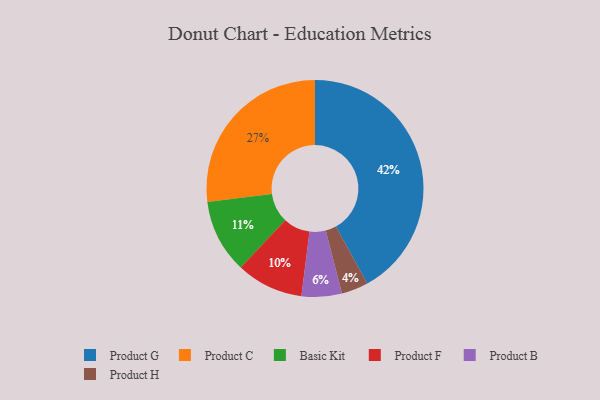
{"axis": {"x": "Category", "y": "Percentage"}, "legend": ["Basic Kit", "Product B", "Product C", "Product F", "Product G", "Product H"], "data": [{"x": "Product H", "y": 4, "type": "Product H"}, {"x": "Product F", "y": 10, "type": "Product F"}, {"x": "Product G", "y": 42, "type": "Product G"}, {"x": "Product B", "y": 6, "type": "Product B"}, {"x": "Product C", "y": 27, "type": "Product C"}, {"x": "Basic Kit", "y": 11, "type": "Basic Kit"}]}